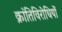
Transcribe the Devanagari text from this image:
क्रांतिविरोधियों